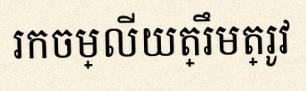
រកចម្លើយត្រឹមត្រូវ